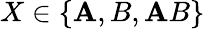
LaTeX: X\in\{ \mathbf{A},B,\mathbf{A}B\}